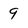
Character: 9